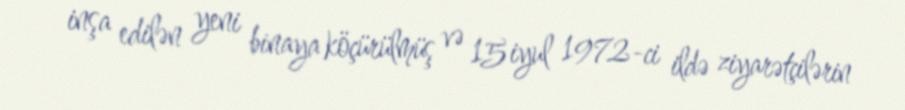
inşa edilən yeni binaya köçürülmüş və 15 iyul 1972-ci ildə ziyarətçilərin